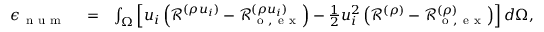
\begin{array} { r l r } { \epsilon _ { \mathrm { ~ n ~ u ~ m ~ } } } & { { } = } & { \int _ { \Omega } \left[ u _ { i } \left( \mathcal { R } ^ { ( \rho u _ { i } ) } - \mathcal { R } _ { \mathrm { ~ o ~ , ~ e ~ x ~ } } ^ { ( \rho u _ { i } ) } \right) - \frac { 1 } { 2 } u _ { i } ^ { 2 } \left( \mathcal { R } ^ { ( \rho ) } - \mathcal { R } _ { \mathrm { ~ o ~ , ~ e ~ x ~ } } ^ { ( \rho ) } \right) \right] d \Omega , \quad \mathrm { ~ w ~ i ~ t ~ h ~ } \ \left\{ \begin{array} { r c l } { \mathcal { R } _ { \mathrm { ~ A ~ D ~ } } ^ { \prime } } & { = } & { \mathcal { R } _ { \mathrm { ~ o ~ } } + \mathcal { D } _ { \mathrm { ~ f ~ i ~ l ~ } } ( Q ) } \\ { \mathcal { R } _ { \mathrm { ~ R ~ F ~ } } ^ { \prime } } & { = } & { \mathcal { G } _ { \mathrm { ~ f ~ i ~ l ~ } } \mathcal { R } _ { \mathrm { ~ o ~ } } } \end{array} \right. } \end{array}